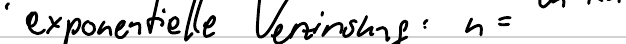
exponentielle Verzinsung: n =